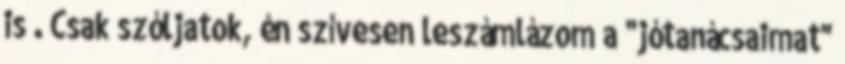
is . Csak szóljatok, én szívesen leszámlázom a "jótanácsaimat"